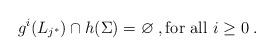
LaTeX: \begin{align*}g^i \!\left( L_{j^*} \right) \cap h(\Sigma) = \varnothing \;, {\rm for~all~} i \ge 0 \;.\end{align*}